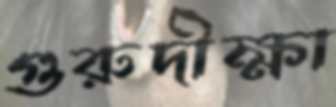
গুরুদীক্ষা